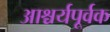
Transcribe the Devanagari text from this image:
आश्चर्यपूर्वक